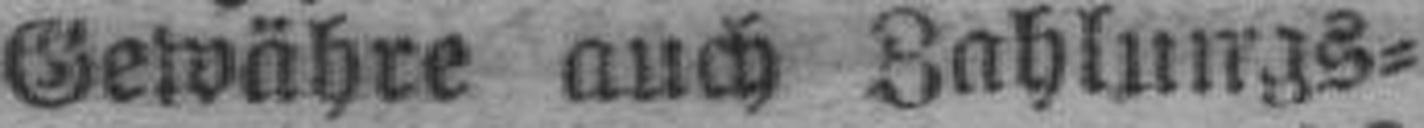
Gewähre auch Zahlungs¬